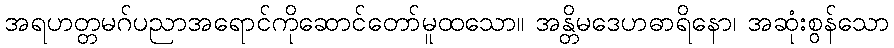
အရဟတ္တမဂ်ပညာအရောင်ကိုဆောင်တော်မူထသော။ အန္တိမဒေဟဓာရိနော၊ အဆုံးစွန်သော